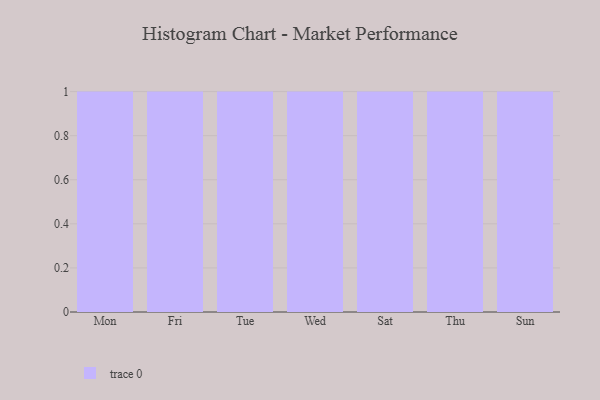
{"axis": {"x": "Day", "y": "Operating Costs (USD K)"}, "legend": [""], "data": [{"x": "Mon", "y": 43, "type": ""}, {"x": "Fri", "y": 63, "type": ""}, {"x": "Tue", "y": 56, "type": ""}, {"x": "Wed", "y": 87, "type": ""}, {"x": "Sat", "y": 90, "type": ""}, {"x": "Thu", "y": 91, "type": ""}, {"x": "Sun", "y": 74, "type": ""}]}